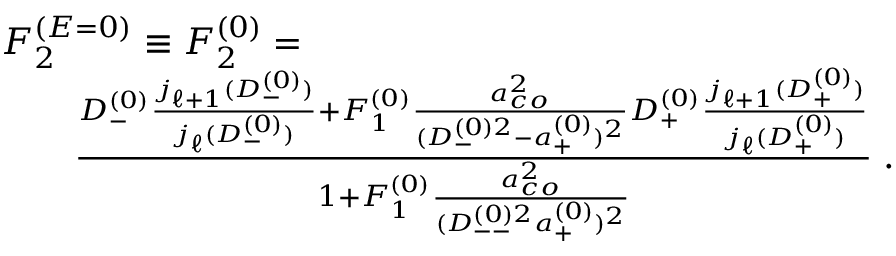
\begin{array} { r l r } { \lefteqn { F _ { 2 } ^ { ( E = 0 ) } \equiv F _ { 2 } ^ { ( 0 ) } = } } \\ & { } & { \frac { D _ { - } ^ { ( 0 ) } \frac { j _ { \ell + 1 } ( D _ { - } ^ { ( 0 ) } ) } { j _ { \ell } ( D _ { - } ^ { ( 0 ) } ) } + F _ { 1 } ^ { ( 0 ) } \frac { a _ { c o } ^ { 2 } } { ( D _ { - } ^ { ( 0 ) 2 } - a _ { + } ^ { ( 0 ) } ) ^ { 2 } } D _ { + } ^ { ( 0 ) } \frac { j _ { \ell + 1 } ( D _ { + } ^ { ( 0 ) } ) } { j _ { \ell } ( D _ { + } ^ { ( 0 ) } ) } } { 1 + F _ { 1 } ^ { ( 0 ) } \frac { a _ { c o } ^ { 2 } } { ( D _ { -- } ^ { ( 0 ) 2 } a _ { + } ^ { ( 0 ) } ) ^ { 2 } } } \; . } \end{array}